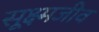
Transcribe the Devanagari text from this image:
सूक्ष्‍मजीव